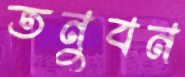
তনুবন